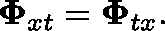
\mathbf { \Phi } _ { x t } = \mathbf { \Phi } _ { t x } .